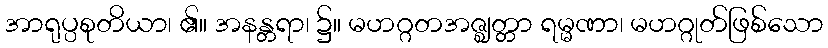
အာရုပ္ပစုတိယာ၊ ၏။ အနန္တရာ၊ ၌။ မဟဂ္ဂတအဇ္ဈတ္တာ ရမ္မဏာ၊ မဟဂ္ဂုတ်ဖြစ်သော